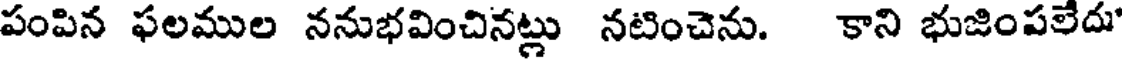
పంపిన ఫలముల ననుభవించినట్లు నటించెను. కాని భుజింపలేదు